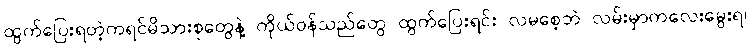
ထွက်ပြေးရတဲ့ကရင်မိသားစုတွေနဲ့ ကိုယ်ဝန်သည်တွေ ထွက်ပြေးရင်း လမစေ့ဘဲ လမ်းမှာကလေးမွေးရ၊